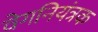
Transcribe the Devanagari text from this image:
वेगनियंत्रक